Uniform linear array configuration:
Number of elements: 4
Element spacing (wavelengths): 0.75
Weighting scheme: exponential
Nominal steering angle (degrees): -45
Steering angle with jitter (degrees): -43.862
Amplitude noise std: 0.05
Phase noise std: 0.05

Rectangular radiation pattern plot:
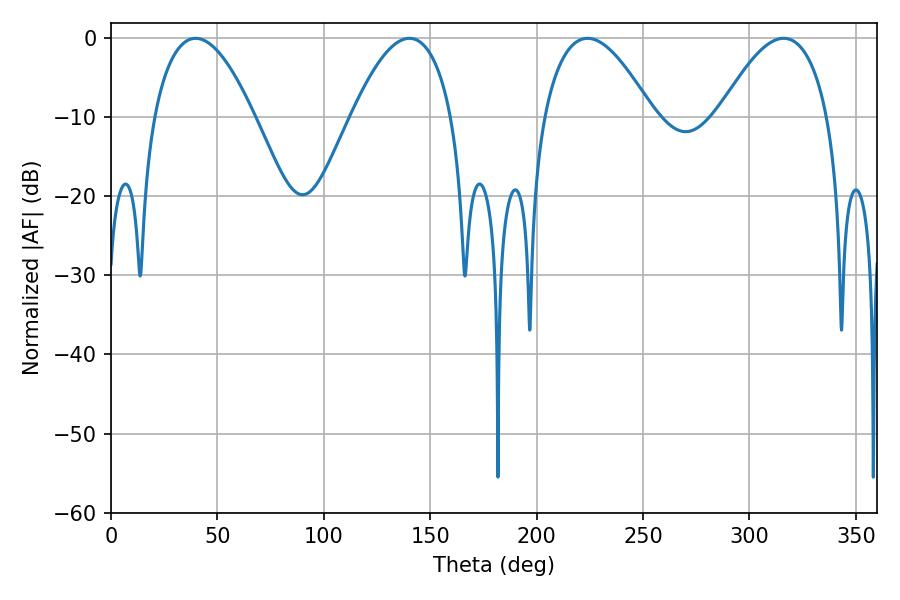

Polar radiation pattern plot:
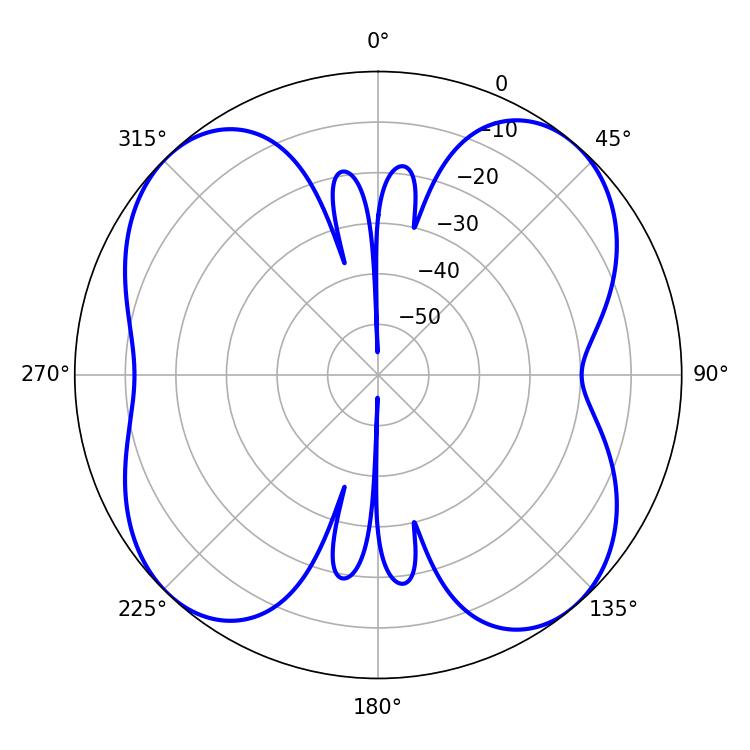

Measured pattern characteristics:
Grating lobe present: TRUE
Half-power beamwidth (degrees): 28.08
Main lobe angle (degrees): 223.92